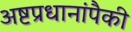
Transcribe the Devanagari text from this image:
अष्टप्रधानांपैकी